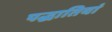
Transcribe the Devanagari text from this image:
पद्धातियां